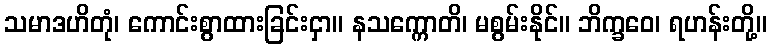
သမာဒဟိတုံ၊ ကောင်းစွာထားခြင်းငှာ။ နသက္ကောတိ၊ မစွမ်းနိုင်။ ဘိက္ခဝေ၊ ရဟန်းတို့။